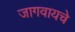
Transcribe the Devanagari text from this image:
जागवायचे